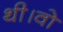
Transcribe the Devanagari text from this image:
थी।वो